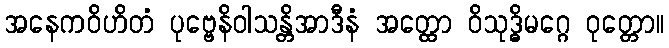
အနေကဝိဟိတံ ပုဗ္ဗေနိဝါသန္တိအာဒီနံ အတ္ထော ဝိသုဒ္ဓိမဂ္ဂေ ဝုတ္တော။